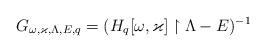
LaTeX: \begin{align*}G_{\omega,\varkappa,\Lambda,E,q}= (H_{q}[\omega,\varkappa]\upharpoonright \Lambda-E)^{-1}\end{align*}